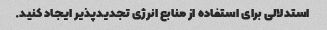
استدلالی برای استفاده از منابع انرژی تجدیدپذیر ایجاد کنید.